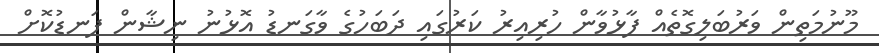
މޫނުމަތިން ވަރުބަލިގޮތެއް ފާޅުވާން ހުރިއިރު ކަރުގައި ދަބަހުގެ ވާގަނޑު އޮޅުނު ނިޝާން ފަނޑުކޮށް